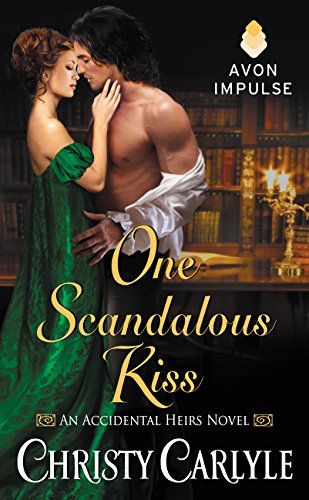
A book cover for One Scandalous Kiss: An Accidental Heirs Novel; Christy Carlyle; Romance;